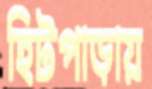
হিটপাড়ায়